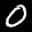
Label: 0